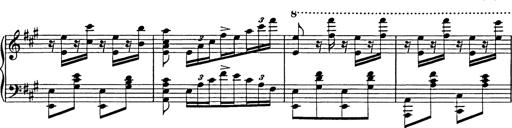
Title: Galop in A minor
Composer: Franz Liszt
Key: A minor